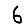
Digit: 6